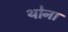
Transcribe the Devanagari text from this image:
थोना